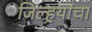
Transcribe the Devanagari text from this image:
जिल्हयांचा